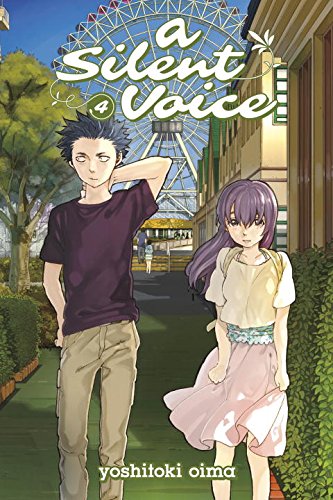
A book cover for A Silent Voice 4; Yoshitoki Oima; Comics & Graphic Novels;